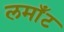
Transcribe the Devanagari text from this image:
लमाँट